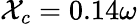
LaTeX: \mathcal{X}_{c}=0.14\omega